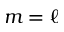
m = \ell